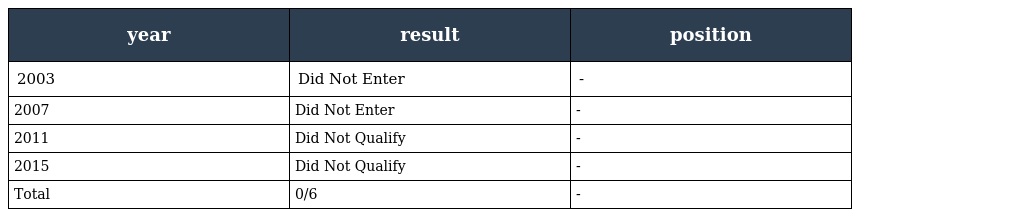
| year | result | position |
 | --- | --- | --- |
 | 2003 | Did Not Enter | - |
 | 2007 | Did Not Enter | - |
 | 2011 | Did Not Qualify | - |
 | 2015 | Did Not Qualify | - |
 | Total | 0/6 | - |